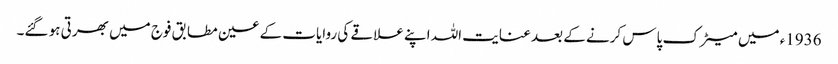
1936ء میں میٹرک پاس کرنے کے بعد عنایت اللہ اپنے علاقے کی روایات کے عین مطابق فوج میں بھرتی ہو گئے۔